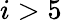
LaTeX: i>5